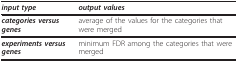
<table><thead><tr><td><b><i>input type</i></b></td><td><b><i>output values</i></b></td></tr></thead><tbody><tr><td><b><i>categories versus genes</i></b></td><td>average of the values for the categories that were merged</td></tr><tr><td><b><i>experiments versus genes</i></b></td><td>minimum FDR among the categories that were merged</td></tr></tbody></table>